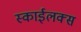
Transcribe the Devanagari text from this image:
स्काईलक्स